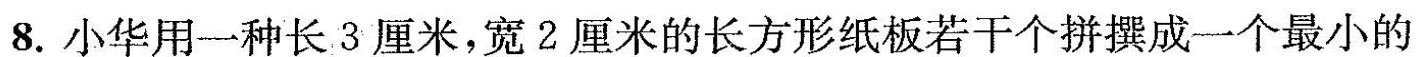
8.小华用一种长3厘米，宽2厘米的长方形纸板若干个拼撰成一个最小的